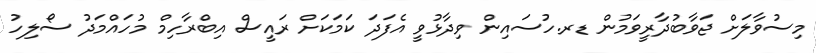
މިސުވާލަށް ޖަވާބުދާރީވަމުން ޑރ.ހުސައިން ވިދާޅުވީ އެފަދަ ކަމަކަށް ރައީސް އިބްރާހިމް މުހައްމަދު ސޯލިހު